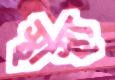
স্থাস্থ্য